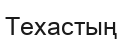
Техастың